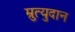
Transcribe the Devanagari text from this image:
म्रुत्युदान